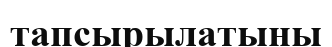
тапсырылатыны